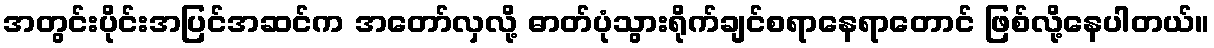
အတွင်းပိုင်းအပြင်အဆင်က အတော်လှလို့ ဓာတ်ပုံသွားရိုက်ချင်စရာနေရာတောင် ဖြစ်လို့နေပါတယ်။